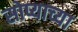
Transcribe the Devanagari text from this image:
सोप्याच्या